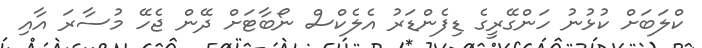
ކްލަބަށް ކުޅުނު ހަންގޭރީގެ ޑިފެންޑަރު އެލެކްސް ނޯބާޓަށް ދޭން ޖެހޭ މުސާރަ އާއި